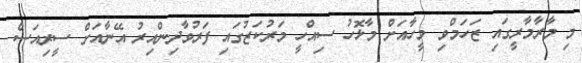
މި މާރާމާރީގައި ޒަހަމްވި މީހާއަށް މާޅޮހު ސިއްހީ މަރުކަޒުގައި ފަރުވާދިންއިރު އޭނާއަށް ސީރިއަސް